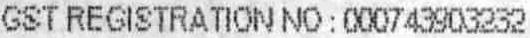
GST REGISTRATION NO : 000743903232